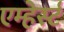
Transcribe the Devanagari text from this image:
एम्हेर्स्ट